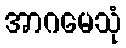
အာဂမေသုံ